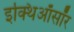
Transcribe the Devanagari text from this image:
इक्थिऑसॉर